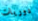
دوريات